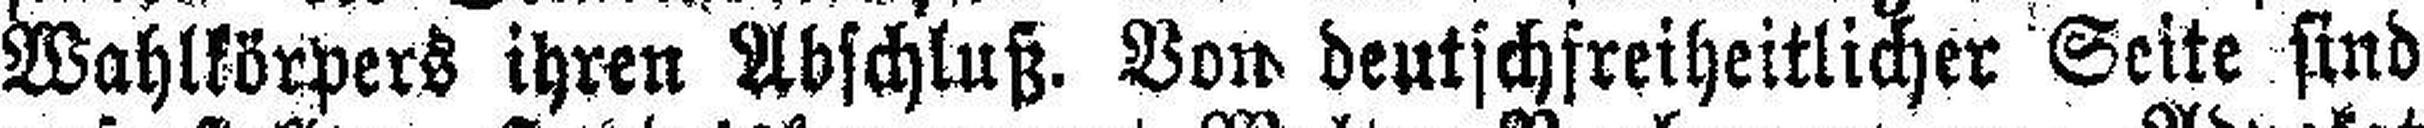
Wahlkörpers ihren Abschluß. Von deutschfreiheitlicher Seite sind